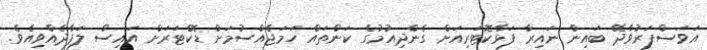
އަވަސްފަރުވާދޭ ބައިން ނައިރާ ފަޅާކޮޓަރިއަށް ގެންދިއުމުގެ ކަންތައް ހަމަޖެއްސުމަށް ޑޮކްޓަރަށް އައިސް ލަފާދެއްވިއެވެ.